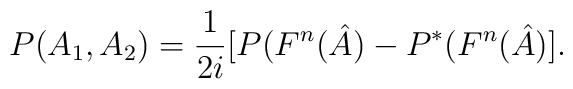
P(A_{1},A_{2})=\frac{1}{2i}[P(F^{n}(\hat{A})-P^{\ast}(F^{n}(\hat{A})].